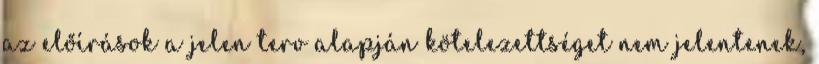
az előírások a jelen terv alapján kötelezettséget nem jelentenek,